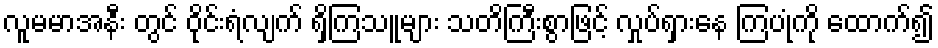
လူမမာအနီး တွင် ဝိုင်းရံလျက် ရှိကြသူများ သတိကြီးစွာဖြင့် လှုပ်ရှားနေ ကြပုံကို ထောက်၍